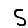
Digit: 5